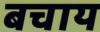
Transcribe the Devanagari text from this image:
बचाय